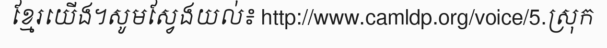
ខ្មែរយើង។សូមស្វែងយល់៖ http://www.camldp.org/voice/5.ស្រុក